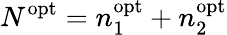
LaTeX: N^{\mathrm{opt}}=n_{1}^{\mathrm{opt}}+n_{2}^{\mathrm{opt}}